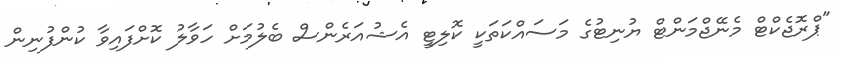
"ޕްރޮޖެކްޓް މެނޭޖްމަންޓް ޔުނިޓުގެ މަސައްކަތަކީ ކޮލިޓީ އެޝުއަރެންސް ބެލުމަށް ހަވާލު ކޮށްފައިވާ ކުންފުނިން